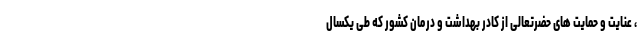
، عنایت و حمایت های حضرتعالی از کادر بهداشت و درمان کشور که طی یکسال